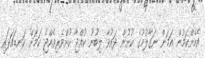
އެހެންކަމުން އަމަން ނަގާލުމުގެ ކުށުން ދައުވާ ލިބުނު ކުއްޖާ ކުށްވެރިވެއްޖެ ކަމަށް ކަނޑައަޅައި